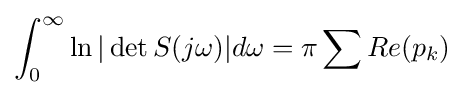
\int _{0}^{\infty }\ln |\det S(j\omega )|d\omega =\pi \sum Re(p_{k})